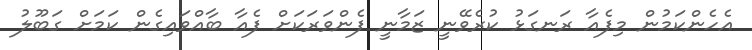
އެހެންކަމުން މިފެއާ ރަނގަޅު ކުރެވޭނީ ޒަމާނީ ފެންވަރަކަށް ފެއާ ބާއްވައިގެން ކަމަށް ގަބޫލު